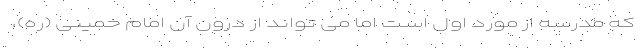
که مدرسه از مورد اول است اما می تواند از درون آن امام خمینی (ره)،